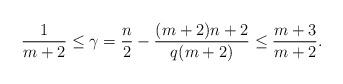
LaTeX: \begin{align*} \frac 1 {m+2} \le \gamma = \frac n 2 - \frac{(m+2)n+2}{q(m+2)} \le \frac{m+3}{m+2}.\end{align*}